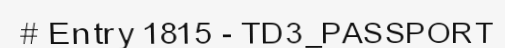
# Entry 1815 - TD3_PASSPORT